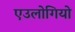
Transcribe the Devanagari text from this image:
एउलोगियो